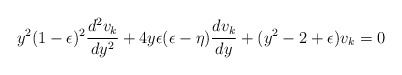
\begin{align*}y^2(1-\epsilon)^2\frac{d^2v_k}{dy^2}+4y\epsilon(\epsilon-\eta)\frac{dv_k}{dy}+(y^2-2+\epsilon)v_k=0\end{align*}